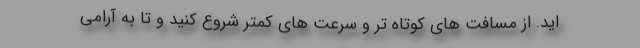
اید. از مسافت های کوتاه تر و سرعت های کمتر شروع کنید و تا به آرامی